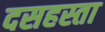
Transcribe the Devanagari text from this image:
दसहस्ता